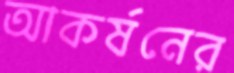
আকর্ষনের